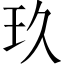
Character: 玖